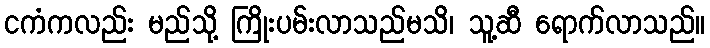
ငကံကလည်း မည်သို့ ကြိုးပမ်းလာသည်မသိ၊ သူ့ဆီ ရောက်လာသည်။